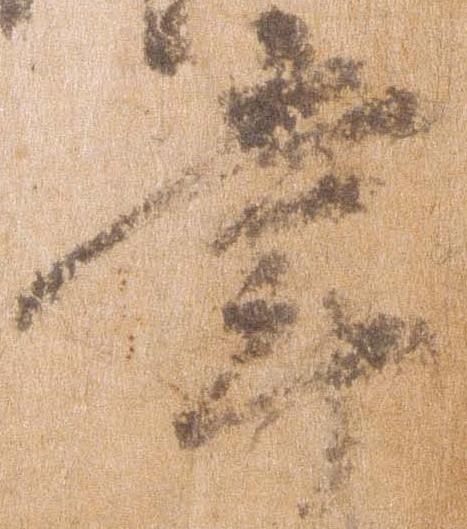
掌